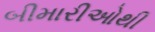
બીમારીઓથી